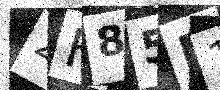
Text: 2H85P1